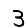
Digit: 3